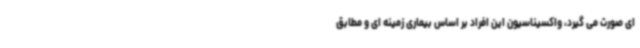
ای صورت می گیرد، واکسیناسیون این افراد بر اساس بیماری زمینه ای و مطابق